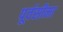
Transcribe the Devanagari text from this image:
पूर्वसीमा